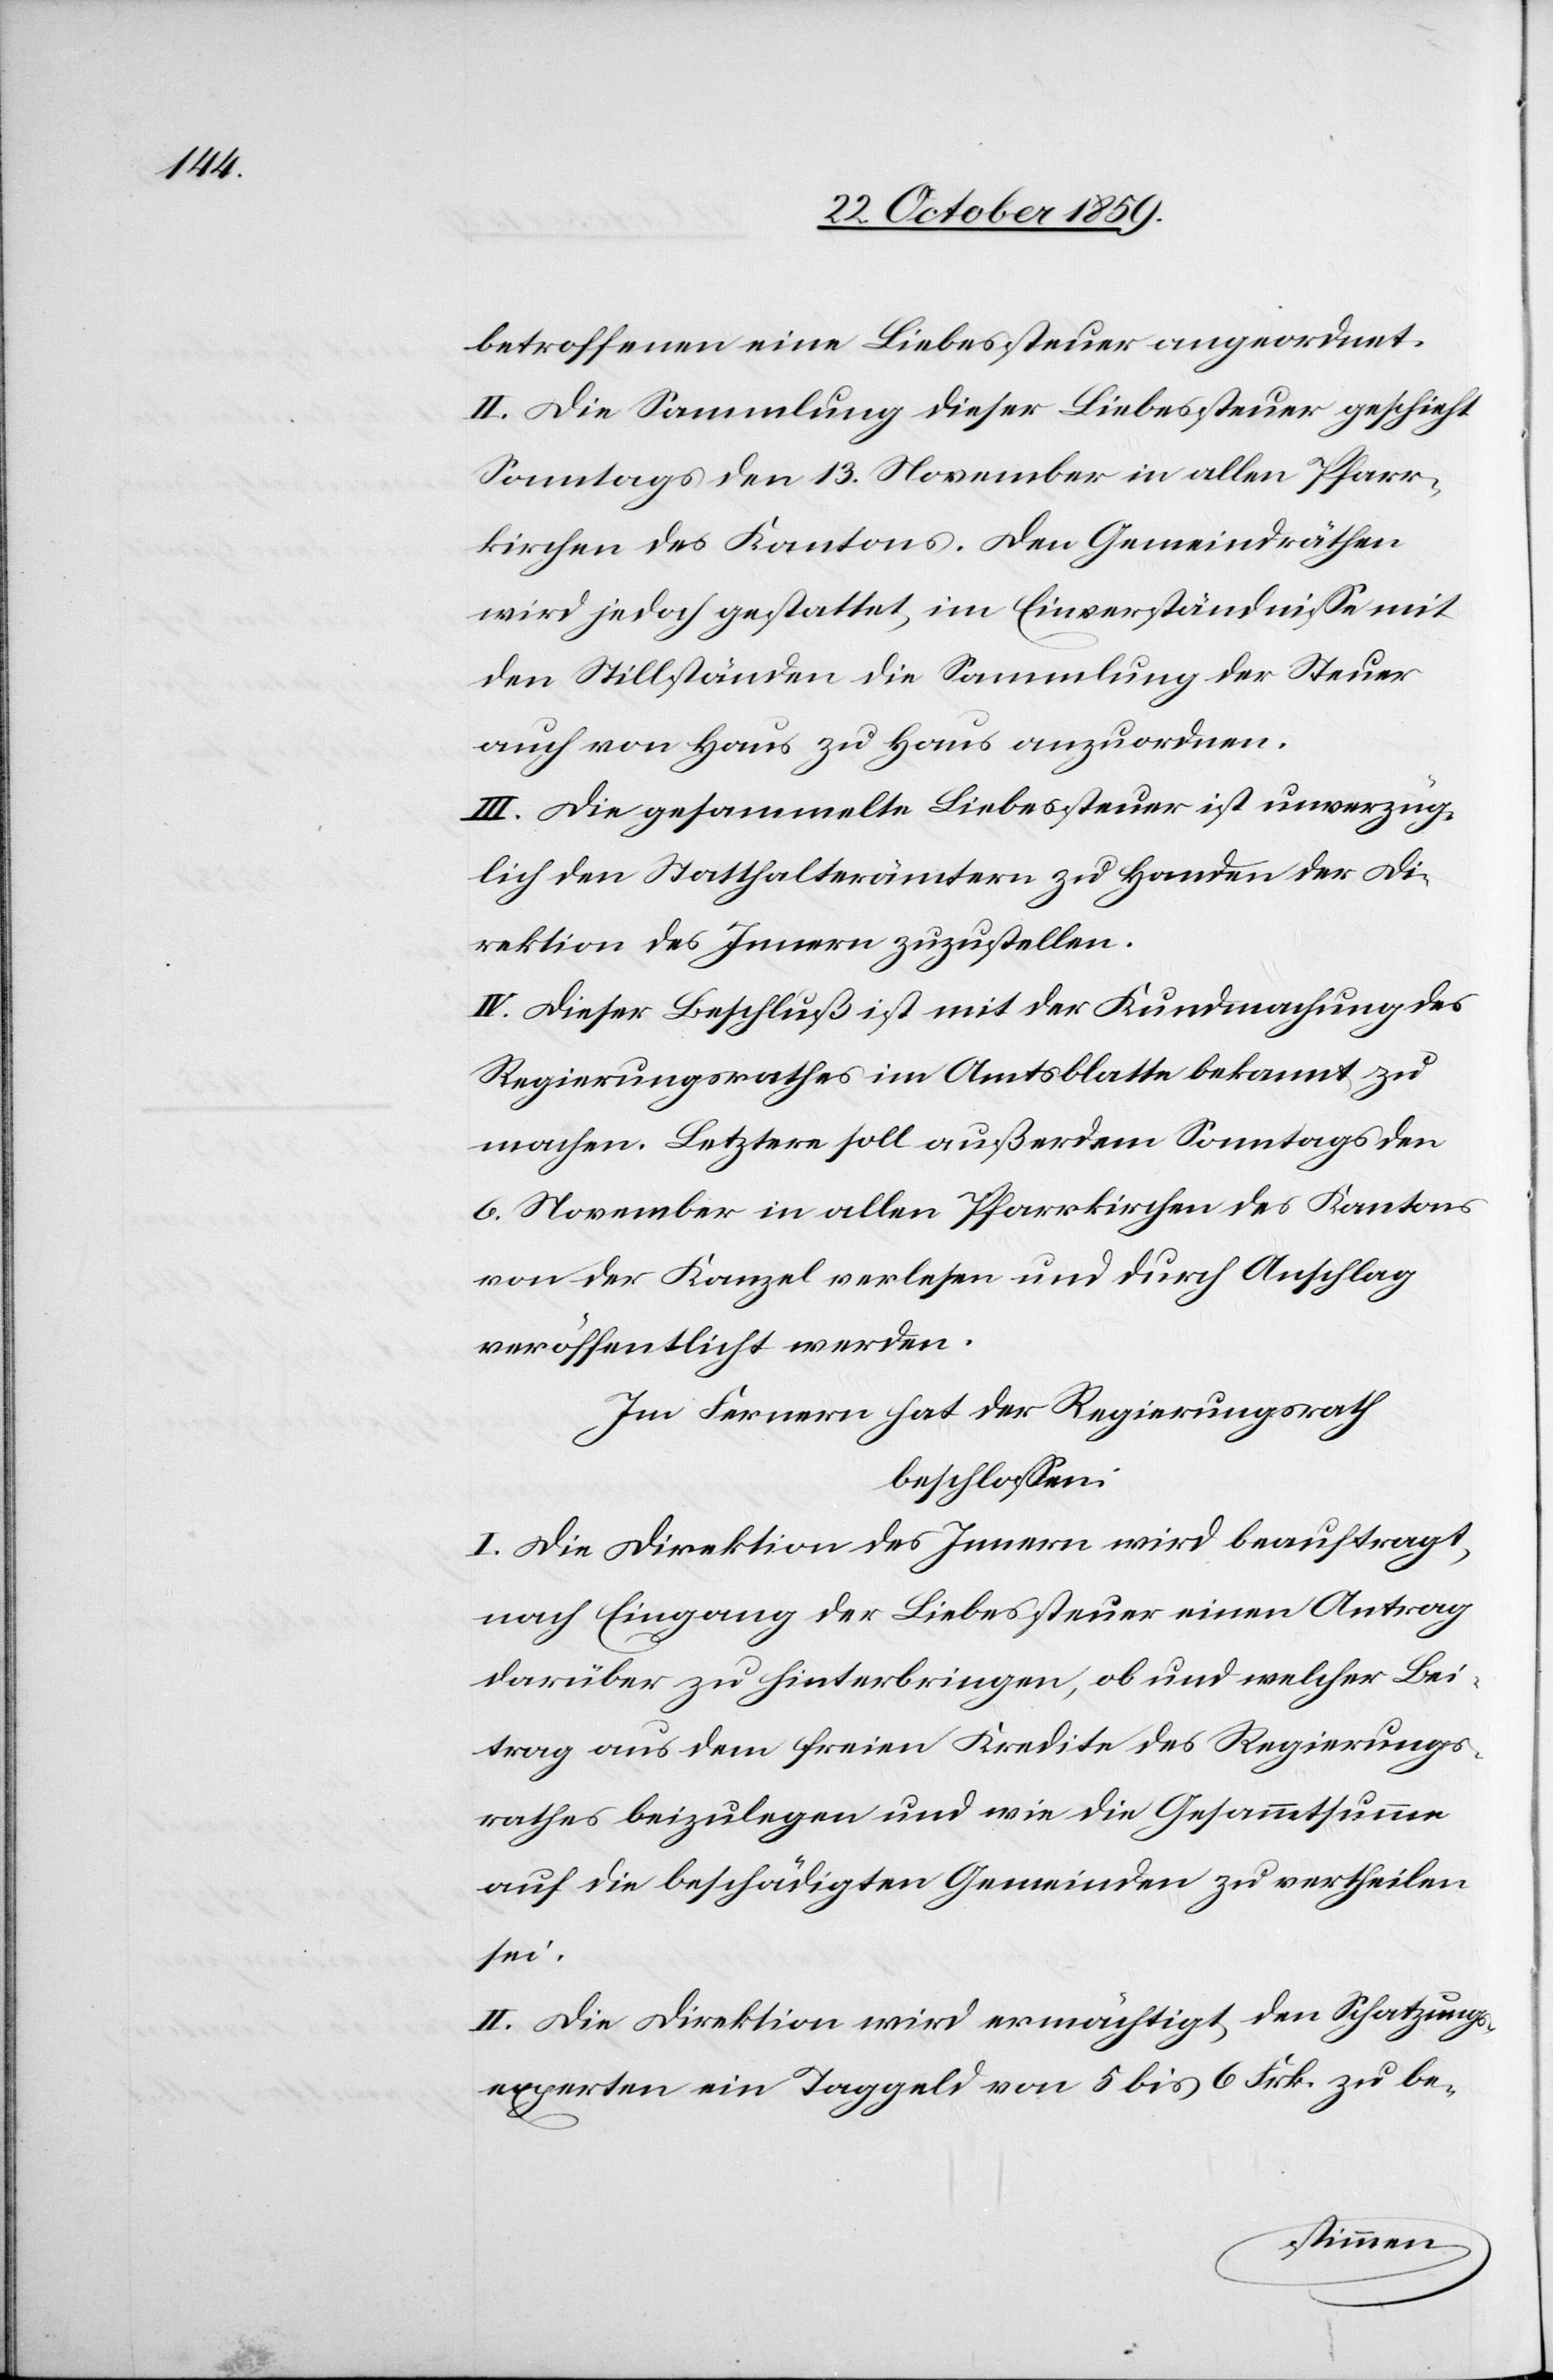
betroffenen eine Liebessteuer angeordnet.
II. Die Sammlung dieser Liebessteuer geschieht
Sonntags den 13. November in allen Pfarr¬
kirchen des Kantons. Den Gemeinderäthen
wird jedoch gestattet, im Einverständnisse mit
den Stillständen die Sammlung der Steuer
auch von Haus zu Haus anzuordnen.
III. Die gesammelte Liebessteuer ist unverzüg¬
lich den Statthalterämtern zu Handen der Di¬
rektion des Innern zuzustellen.
IV. Dieser Beschluß ist mit der Kundmachung des
Regierungsrathes im Amtsblatte bekannt zu
machen. Letztere soll außerdem Sonntags den
6. November in allen Pfarrkirchen des Kantons
von der Kanzel verlesen und durch Anschlag
veröffentlicht werden.
Im Fernern hat der Regierungsrath
beschlossen:
I. Die Direktion des Innern wird beauftragt,
nach Eingang der Liebessteuer einen Antrag
darüber zu hinterbringen, ob und welcher Bei¬
trag aus dem freien Kredite des Regierungs¬
rathes beizulegen und wie die Gesammtsumme
auf die beschädigten Gemeinden zu vertheilen
sei.
II. Die Direktion wird ermächtigt, den Schatzungs¬
experten ein Taggeld von 5 bis 6 Frk. zu be-